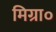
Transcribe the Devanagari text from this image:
मिग्रा०